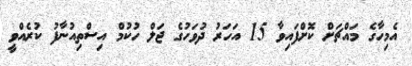
އެމިހާގެ މައްޗަށް ކޮށްފައިވާ 15 އަހަރު ދުވަހުގެ ޖަލް ހުކުމް އިސްތިއުނާފު ކުރެއްވީ